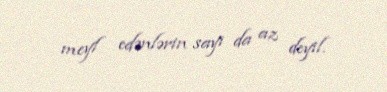
meyl edənlərin sayı da az deyil.